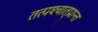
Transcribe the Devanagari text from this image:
तत्पश्‍चात्‌प्रान्त